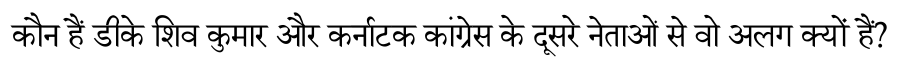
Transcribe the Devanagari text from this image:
कौन हैं डीके शिव कुमार और कर्नाटक कांग्रेस के दूसरे नेताओं से वो अलग क्यों हैं?